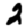
Digit: 2